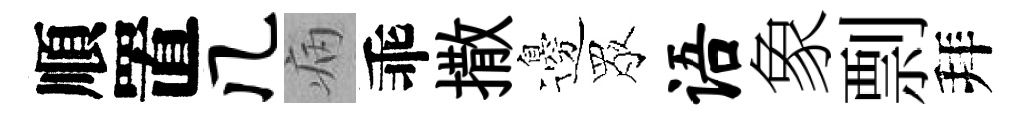
順置几病乖撒邊眾语象剽拜